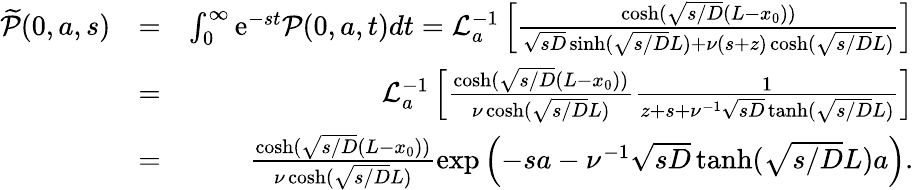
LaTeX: \begin{array}{rlr}{\widetilde{\mathcal P}(0,a,s)}&{=}&{\int_{0}^{\infty}{\mathrm e}^{-st}{\mathcal P}(0,a,t)dt={\mathcal L}_{a}^{-1}\left[\frac{\cosh(\sqrt{s/D}(L-x_{0}))}{\sqrt{sD}\sinh(\sqrt{s/D}L)+\nu(s+z)\cosh(\sqrt{s/D}L)}\right]}\\ &{=}&{{\mathcal L}_{a}^{-1}\left[\frac{\cosh(\sqrt{s/D}(L-x_{0}))}{\nu\cosh(\sqrt{s/D}L)}\frac{1}{z+s+\nu^{-1}\sqrt{sD}\operatorname{tanh}(\sqrt{s/D}L)}\right]}\\ &{=}&{\frac{\cosh(\sqrt{s/D}(L-x_{0}))}{\nu\cosh(\sqrt{s/D}L)}\exp\left(-sa-\nu^{-1}\sqrt{sD}\operatorname{tanh}(\sqrt{s/D}L)a\right).}\end{array}